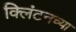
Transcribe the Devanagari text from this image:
क्लिंटनच्या